Annual report on the health of the army in India
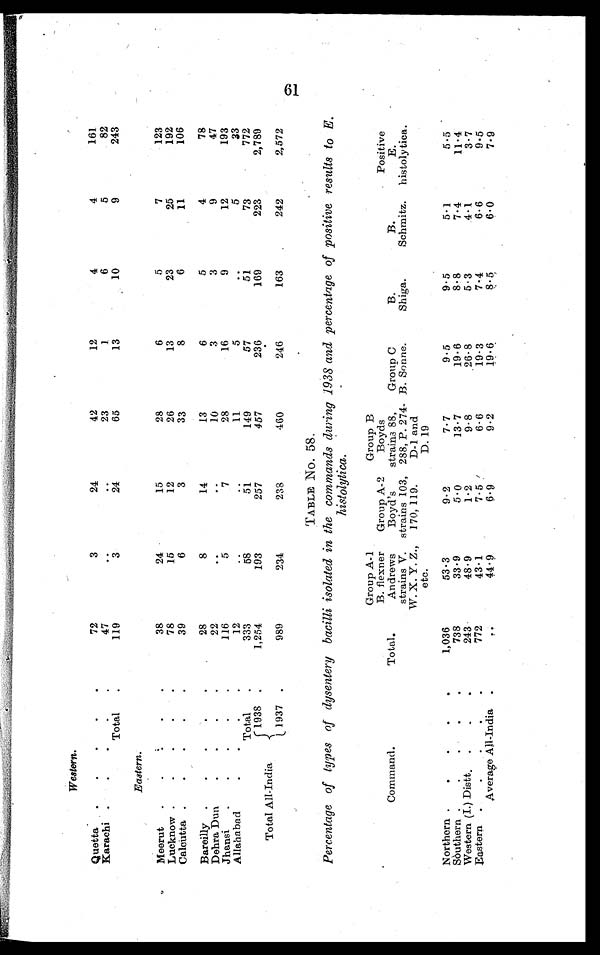
Western.
Quetta . . .
72
3
24
42
12
4
4
161
Karachi . . .
4 7
. .
. .
23
1
6
5
82
Total . . .
119
3
24
65
13
10
9
243
Eastern.
Meerut . . .
38
24
15
28
6
5
7
123
Lucknow . . .
78
15
12
26
13
23
25
192
Calcutta . . .
39
6
3
33
8
6
11
106
Bareilly . . .
28
8
14
13
6
5
4
78
Dehra Dun . . .
2 2
. .
. .
10
3
3
9
47
Jhansi . . .
116
5
7
28
16
9
12
193
Allahabad . . .
1 2
. .
. .
11
5
. .
5
33
Total . . .
333
5 8
5 1
149
57
5 1
73
772
Total All-India
1938 .
1,254
193
257
457
236
169
223
2,789
1 9 3 7 .
989
234
238
460
246
163
242
2,572
TABLE No. 58.
Percentage of types of dysentery bacilli isolated in the commands during 1938 and percentage of positive results to E.
histolytica.
Command.
Total.
Group A-1
B. flexner
Andrews
strains V.
W. X. Y. Z.,
etc.
Group A-2
Boyd's
strains 103,
170,119.
Group B
Boyds
strains 88,
288, P. 274-
D-1 and
D. 19
Group C
B. Sonne.
B.
Shiga.
B.
Schmitz.
Positive
E.
histolytica.
Northern . . .
1,036
53.3
9.2
7.7
9.5
9.5
5.1
5.5
Sòuthern . . .
738
33.9
5.0
13.7
19.6
8.8
7.4
11.4
Western (I.) Distt . . .
243
48.9
1.2
9.8
26.8
5.3
4.1
3.7
Eastern . . .
772
43.1
7.5
6.6
19.3
7.4
6.6
9.5
Average All-India .
. .
44.9
6.9
9.2
19.6
8.5
6.0
7.9